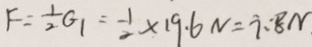
F = \frac { 1 } { 2 } G _ { 1 } = \frac { 1 } { 2 } \times 1 9 . 6 N = 7 . 8 N